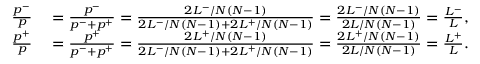
\begin{array} { r l } { \frac { p ^ { - } } { p } } & { { } = \frac { p ^ { - } } { p ^ { - } + p ^ { + } } = \frac { 2 L ^ { - } / N ( N - 1 ) } { 2 L ^ { - } / N ( N - 1 ) + 2 L ^ { + } / N ( N - 1 ) } = \frac { 2 L ^ { - } / N ( N - 1 ) } { 2 L / N ( N - 1 ) } = \frac { L ^ { - } } { L } , } \\ { \frac { p ^ { + } } { p } } & { { } = \frac { p ^ { + } } { p ^ { - } + p ^ { + } } = \frac { 2 L ^ { + } / N ( N - 1 ) } { 2 L ^ { - } / N ( N - 1 ) + 2 L ^ { + } / N ( N - 1 ) } = \frac { 2 L ^ { + } / N ( N - 1 ) } { 2 L / N ( N - 1 ) } = \frac { L ^ { + } } { L } . } \end{array}